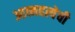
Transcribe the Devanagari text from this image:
आत्महत्येची